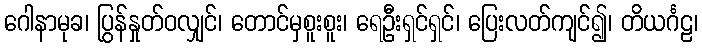
ဂေါနာမုခ၊ ပြွန်နှုတ်ဝလျှင်၊ တောင်မှစူးစူး၊ ရေဦးရှင်ရှင်၊ ပြေးလတ်ကျင်၍၊ တိယင်္ဂဠ၊